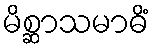
မိစ္ဆာသမာဓိံ